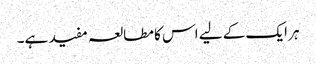
ہر ایک کے لیے اس کا مطالعہ مفید ہے۔